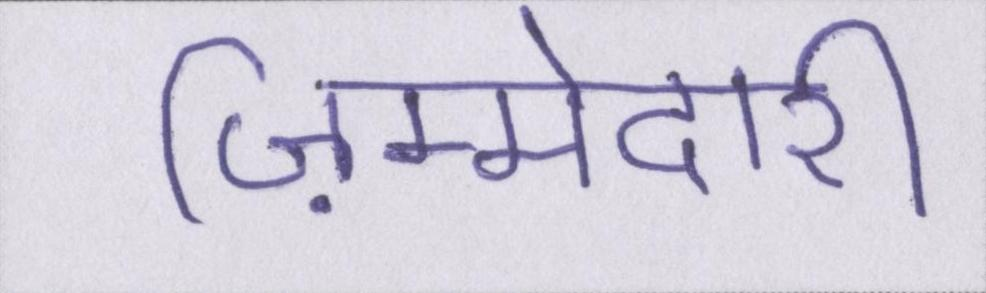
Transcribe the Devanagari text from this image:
ज़िम्मेदारी